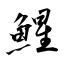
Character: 鯹